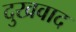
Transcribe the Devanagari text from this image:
दुखवाद